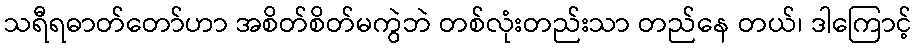
သရီရဓာတ်တော်ဟာ အစိတ်စိတ်မကွဲဘဲ တစ်လုံးတည်းသာ တည်နေ တယ်၊ ဒါကြောင့်